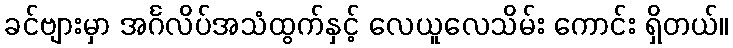
ခင်ဗျားမှာ အင်္ဂလိပ်အသံထွက်နှင့် လေယူလေသိမ်း ကောင်း ရှိတယ်။